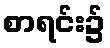
စာရင်း၌